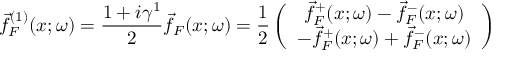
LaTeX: \vec { f } _ { F } ^ { ( 1 ) } ( x ; \omega ) = \frac { 1 + i \gamma ^ { 1 } } { 2 } \vec { f } _ { F } ( x ; \omega ) = \frac { 1 } { 2 } \left( \begin{array} { c } { { \vec { f } _ { F } ^ { + } ( x ; \omega ) - \vec { f } _ { F } ^ { - } ( x ; \omega ) } } \\ { { - \vec { f } _ { F } ^ { + } ( x ; \omega ) + \vec { f } _ { F } ^ { - } ( x ; \omega ) } } \end{array} \right)